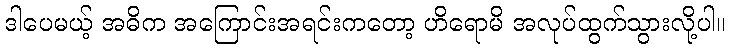
ဒါပေမယ့် အဓိက အကြောင်းအရင်းကတော့ ဟိရောမိ အလုပ်ထွက်သွားလို့ပါ။